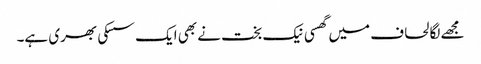
مجھے لگا لحاف میں گھسی نیک بخت نے بھی ایک سسکی بھری ہے۔